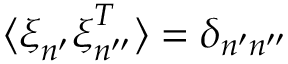
\langle \boldsymbol { \xi } _ { n ^ { \prime } } \boldsymbol { \xi } _ { n ^ { \prime \prime } } ^ { T } \rangle = \delta _ { n ^ { \prime } n ^ { \prime \prime } }